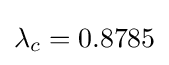
\lambda _{c}=0.8785